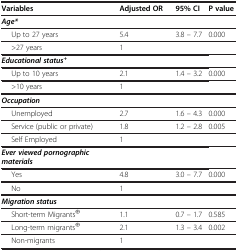
| Variables | Adjusted OR | 95% CI | P value |
 | --- | --- | --- | --- |
 | Age* |  |  |  |
 | Up to 27 years | 5.4 | 3.8 – 7.7 | 0.000 |
 | >27 years | 1 |  |  |
 | Educational status+ |  |  |  |
 | Up to 10 years | 2.1 | 1.4 – 3.2 | 0.000 |
 | >10 years | 1 |  |  |
 | Occupation |  |  |  |
 | Unemployed | 2.7 | 1.6 – 4.3 | 0.000 |
 | Service (public or private) | 1.8 | 1.2 – 2.8 | 0.005 |
 | Self Employed | 1 |  |  |
 | Ever viewed pornographic materials |  |  |  |
 | Yes | 4.8 | 3.0 – 7.7 | 0.000 |
 | No | 1 |  |  |
 | Migration status |  |  |  |
 | Short-term Migrants⊕ | 1.1 | 0.7 – 1.7 | 0.585 |
 | Long-term migrants⊕ | 2.1 | 1.3 – 3.4 | 0.002 |
 | Non-migrants | 1 |  |  |